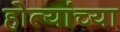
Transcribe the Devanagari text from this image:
होत्यांच्या